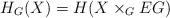
LaTeX: \begin{align*}H_G(X)=H(X\times_GEG)\end{align*}